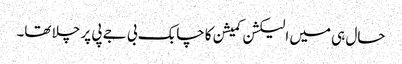
حال ہی میں الیکشن کمیشن کا چابک بی جے پی پر چلا تھا۔